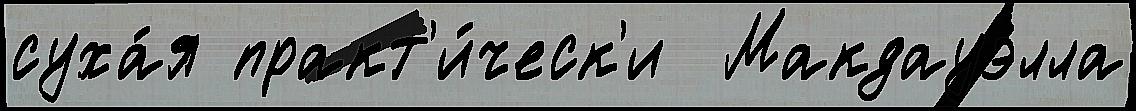
суха́я практ'и́ческ'и  Макдауэлла